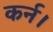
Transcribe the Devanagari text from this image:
कर्न।